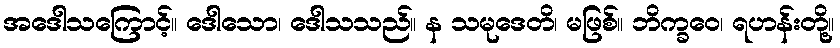
အဒေါသကြောင့်။ ဒေါသော၊ ဒေါသသည်။ န သမုဒေတိ၊ မဖြစ်။ ဘိက္ခဝေ၊ ရဟန်းတို့။